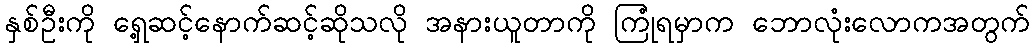
နှစ်ဦးကို ရှေ့ဆင့်နောက်ဆင့်ဆိုသလို အနားယူတာကို ကြုံရမှာက ဘောလုံးလောကအတွက်